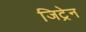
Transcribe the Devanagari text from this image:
जिट्रेन